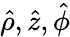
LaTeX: \hat{\rho},\hat{z},\hat{\phi}